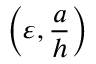
\left( \varepsilon , \frac { a } { h } \right)